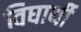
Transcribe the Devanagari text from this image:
विघार्थी